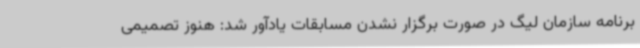
برنامه سازمان لیگ در صورت برگزار نشدن مسابقات یادآور شد: هنوز تصمیمی